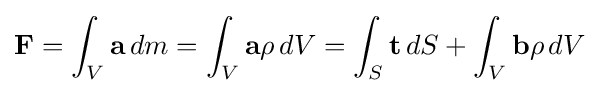
\mathbf {F} =\int _{V}\mathbf {a} \,dm=\int _{V}\mathbf {a} \rho \,dV=\int _{S}\mathbf {t} \,dS+\int _{V}\mathbf {b} \rho \,dV